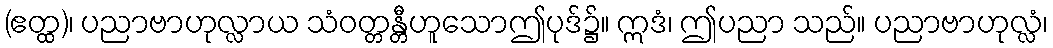
(ဧတ္ထ)၊ ပညာဗာဟုလ္လာယ သံဝတ္တန္တီဟူသောဤပုဒ်၌။ ဣဒံ၊ ဤပညာ သည်။ ပညာဗာဟုလ္လံ၊